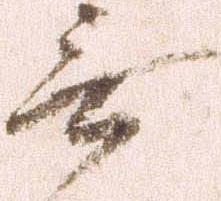
無